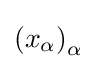
\left(x_{\alpha }\right)_{\alpha }